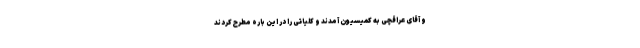
و آقای عراقچی به کمیسیون آمدند و کلیاتی را در این باره مطرح کردند